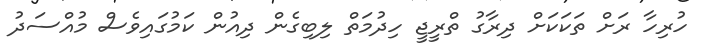
ހުރިހާ ރަށް ތަކަކަށް ދިރާގު ތްރީޖީ ހިދުމަތް ލިބިގެން ދިއުން ކަމުގައިވެސް މުއްސަދު